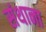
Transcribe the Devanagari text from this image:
संथाना